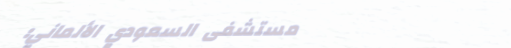
مستشفى السعودي الألماني: